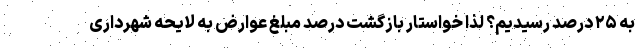
به ۲۵ درصد رسیدیم؟ لذا خواستار بازگشت درصد مبلغ عوارض به لایحه شهرداری